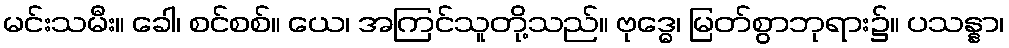
မင်းသမီး။ ခေါ၊ စင်စစ်။ ယေ၊ အကြင်သူတို့သည်။ ဗုဒ္ဓေ၊ မြတ်စွာဘုရား၌။ ပသန္နာ၊